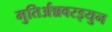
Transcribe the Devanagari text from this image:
मुतिर्अन्नवरइयुन